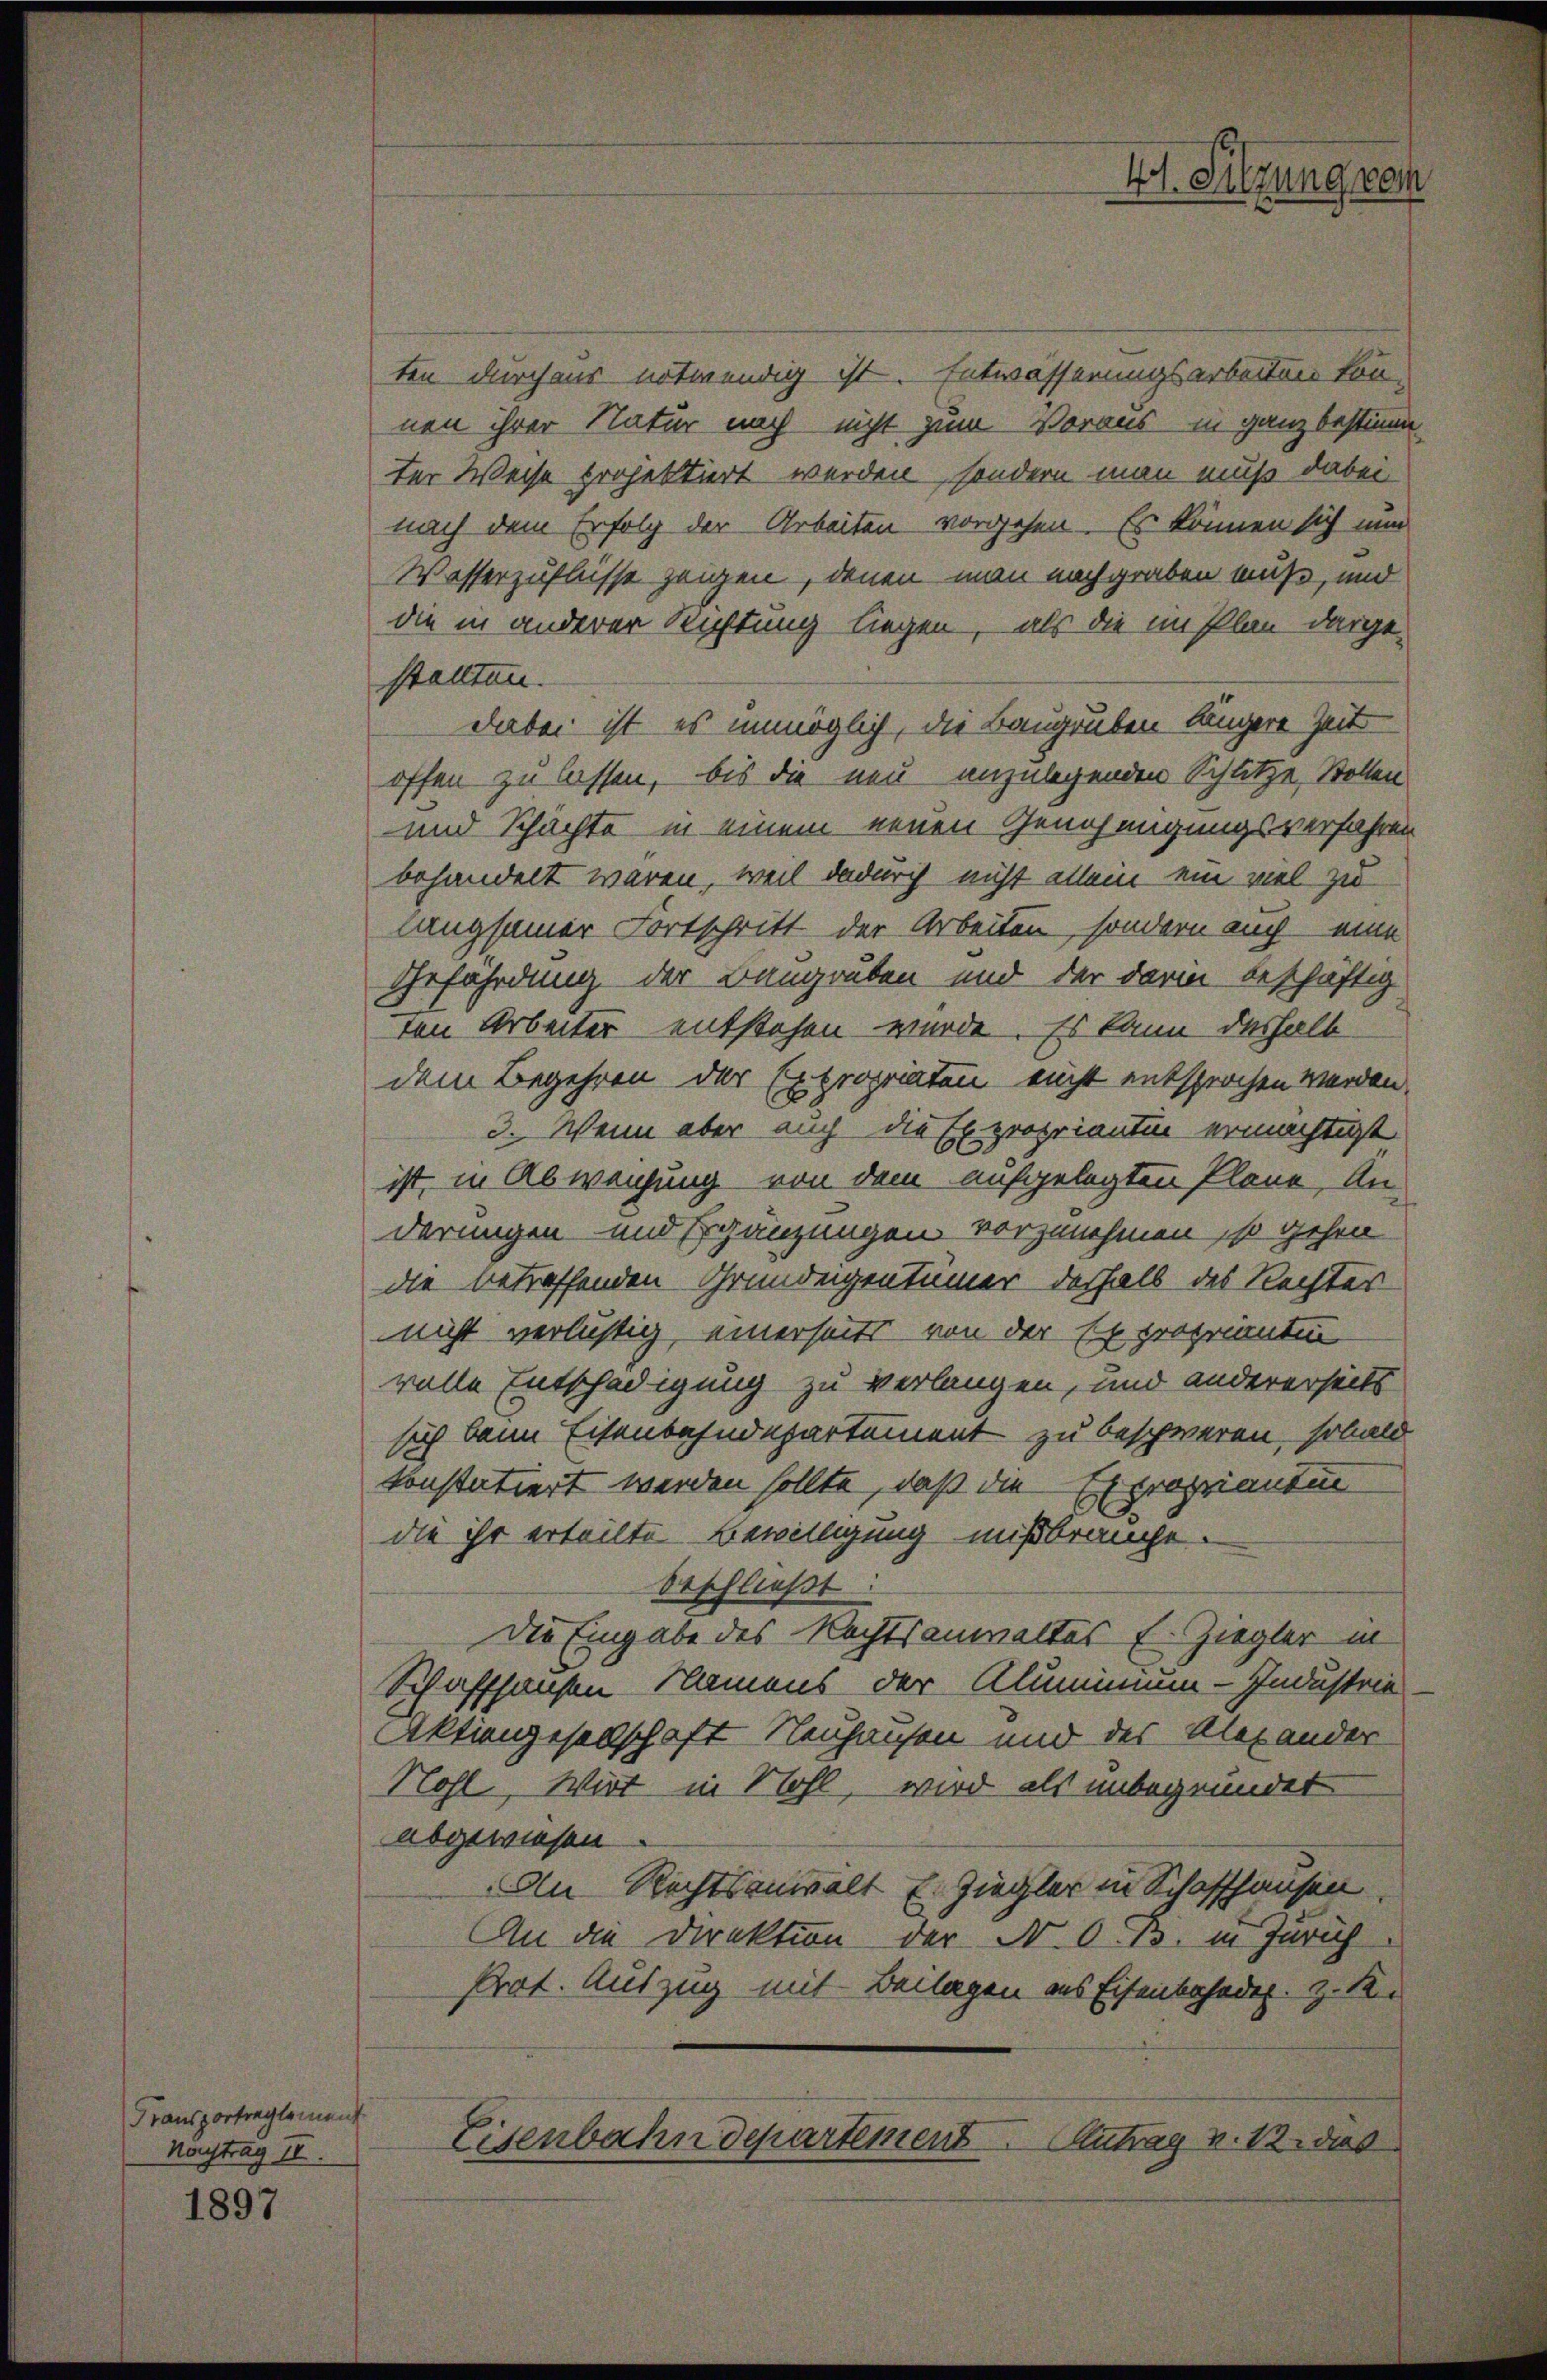
Transportreglement
Nachtrag II.

1897

ten durchaus notwendig ist. Entwässerungsarbeiten können ihrer Natur noch nicht zum Voraus in ganz bestimm
ter Weise projektiert werden, sondern man muß dabei
nach dem Erfolg der Arbeiten vorgehen. Es können sich nun
Wasserzuflüsse zeigen, denen man nachgraben muß, und
die in anderer Richtung liegen, als die im Plan dargestellten.
dabei ist es unmöglich, die Baugruben längere Zeit
offen zu lassen, bis die neu anzulegenden Schlitze, Stollen
und Schächte in einem neuen Genehmigungsverfahren
behandelt waren, weil dadurch nicht allein ein viel zu
langsamer Fortschritt der Arbeiten, sondern auch eine
Gefährdung der Baugruben und der darin beschäftig
ten Arbeiter entstehen wurde. Es kann deshalb
dem Begehren der Expropriaten nicht entsprochen werden.
3. Wenn aber auch die Expropriantin ermächtigt
ist, in Abweichung von dem aufgelegten Pläne, An
derungen und Ergänzungen vorzunehmen, so gehen
die betreffenden Grundeigentümer deshalb des Rechter
nicht verlistig, einerseits von der Exproprianten
volle Entschädigung zu verlangen, und andererseits
sich beim Eisenbahndepartement zu beschweren, sobald
konstatiert werden sollte, daß die Exproprianten
die ihr erteilte Bewilligung mißbrauche.
beschließt.
Die Eingabe des Rechtsanwaltes E. Ziegler in
Schaffhausen Namens der Aluminim-Industrie
Aktiengesellschaft Neuhausen und des Alexander
Nohl, Wirt in Nohl, wird als unbegründet
abgewiesen.
An Rechtsanwalt E. Ziegler in Schaffhausen
An die Direktion der N. O. B. in Zürich
Prat. Auszug mit Beilagen aus Eisenbahnder. z. R.
Eisenbahndepartement. Antrag v. 12. dies

41. Sitzung vom